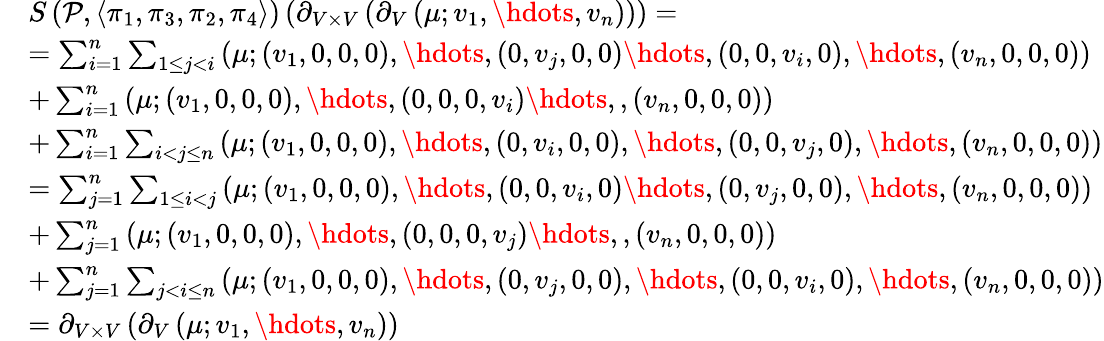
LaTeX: \begin{array}{rl}&{S\left(\mathcal P,\left\langle\pi_{1},\pi_{3},\pi_{2},\pi_{4}\right\rangle\right)\left(\partial_{V\times V}\left(\partial_{V}\left(\mu;v_{1},\hdots,v_{n}\right)\right)\right)=}\\ &{=\sum_{i=1}^{n}\sum_{1\leq j<i}\left(\mu;(v_{1},0,0,0),\hdots,(0,v_{j},0,0)\hdots,(0,0,v_{i},0),\hdots,(v_{n},0,0,0)\right)}\\ &{+\sum_{i=1}^{n}\left(\mu;(v_{1},0,0,0),\hdots,(0,0,0,v_{i})\hdots,,(v_{n},0,0,0)\right)}\\ &{+\sum_{i=1}^{n}\sum_{i<j\leq n}\left(\mu;(v_{1},0,0,0),\hdots,(0,v_{i},0,0),\hdots,(0,0,v_{j},0),\hdots,(v_{n},0,0,0)\right)}\\ &{=\sum_{j=1}^{n}\sum_{1\leq i<j}\left(\mu;(v_{1},0,0,0),\hdots,(0,0,v_{i},0)\hdots,(0,v_{j},0,0),\hdots,(v_{n},0,0,0)\right)}\\ &{+\sum_{j=1}^{n}\left(\mu;(v_{1},0,0,0),\hdots,(0,0,0,v_{j})\hdots,,(v_{n},0,0,0)\right)}\\ &{+\sum_{j=1}^{n}\sum_{j<i\leq n}\left(\mu;(v_{1},0,0,0),\hdots,(0,v_{j},0,0),\hdots,(0,0,v_{i},0),\hdots,(v_{n},0,0,0)\right)}\\ &{=\partial_{V\times V}\left(\partial_{V}\left(\mu;v_{1},\hdots,v_{n}\right)\right)}\end{array}